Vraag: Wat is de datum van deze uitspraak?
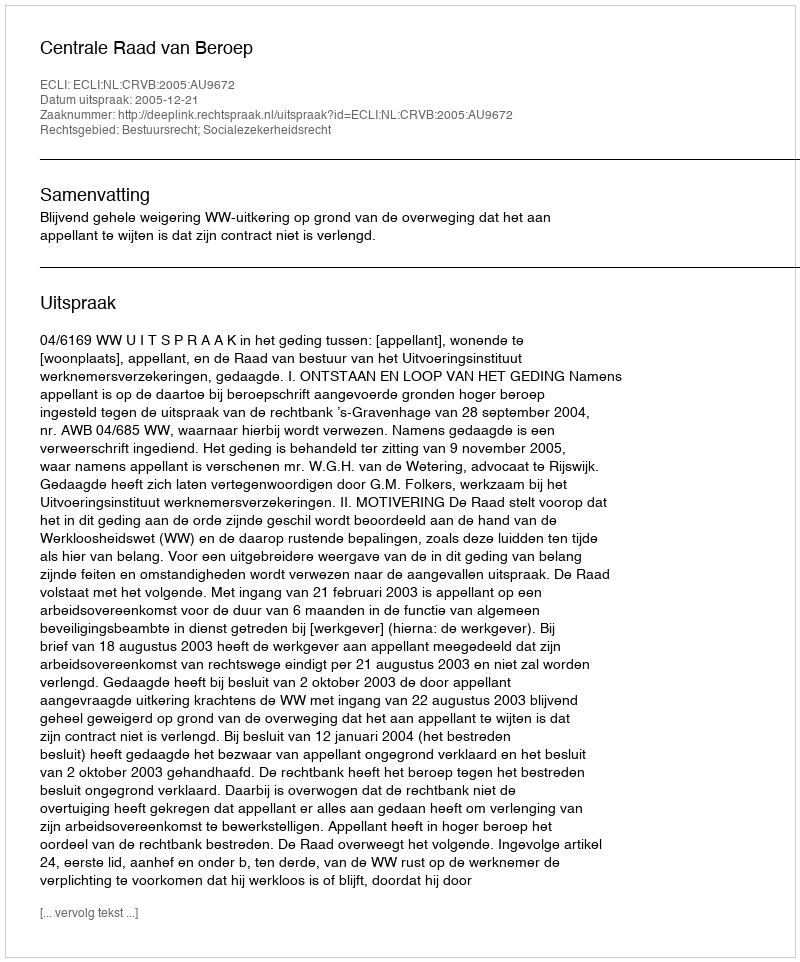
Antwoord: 2005-12-21